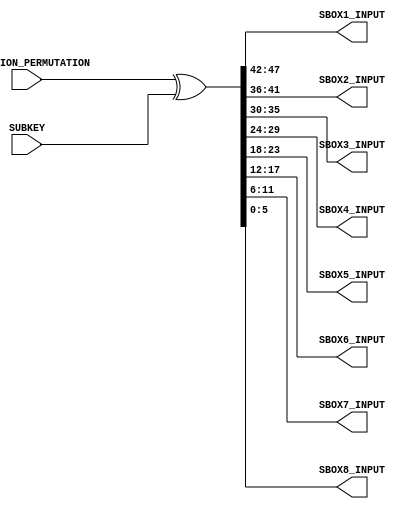

`timescale 1ns / 1ps
//////////////////////////////////////////////////////////////////////////////////
// Company:        RAJESH GLOBAL SOLUTION
// 
// Design Name:    DES
// Module Name:    Xor_Operation 
// Project Name:   DATA ENCRYPTION STANDARD(DES)
// Target Devices: SPARTAN-3(XC3S400)
// Tool versions:  XILINX 9.1I
// Description:    THIS MODULE TAKES 48 BIT INPUT FROM Permuted_Choice2 BLOCK AND 48 BIT
//                 INPUT FROM Expansion_Permutation AND GIVES 48 BIT OUTPUT AFTER PERFORMING
//                 XOR OPERATION ON INPUTS.
//
// Dependencies:   Permutated_Choice2 AND Expansion_Permutation BLOCK
//
// Revision: 
// Revision 0.01 - File Created
// Additional Comments: 
//
//////////////////////////////////////////////////////////////////////////////////
module Xor_Operation(EXPANSION_PERMUTATION, SUBKEY, SBOX1_INPUT, SBOX2_INPUT, SBOX3_INPUT, 
                     SBOX4_INPUT, SBOX5_INPUT, SBOX6_INPUT, SBOX7_INPUT, SBOX8_INPUT);
    
	 input    [48 : 1] EXPANSION_PERMUTATION;
    
	 input    [48 : 1] SUBKEY;
    
	 output   [6 : 1]  SBOX1_INPUT; 
	  
	 output   [6 : 1]  SBOX2_INPUT; 
	  
	 output   [6 : 1]  SBOX3_INPUT; 
	  
	 output   [6 : 1]  SBOX4_INPUT; 
	  
	 output   [6 : 1]  SBOX5_INPUT; 
	  
	 output   [6 : 1]  SBOX6_INPUT; 
	  
	 output   [6 : 1]  SBOX7_INPUT; 
	  
	 output   [6 : 1]  SBOX8_INPUT;
	 
	 wire     [48 : 1] EXPANSION_PERMUTATION;
	 
	 wire     [48 : 1] SUBKEY;
	 
	 wire     [48 : 1] SBOX_INPUT;
	 
	 assign   SBOX_INPUT    =  EXPANSION_PERMUTATION ^ SUBKEY; 
	  
	 assign   SBOX1_INPUT   =  SBOX_INPUT[48 : 43];
	  
	 assign   SBOX2_INPUT   =  SBOX_INPUT[42 : 37]; 
	  
	 assign   SBOX3_INPUT   =  SBOX_INPUT[36 : 31]; 
	  
	 assign   SBOX4_INPUT   =  SBOX_INPUT[30 : 25]; 
	  
	 assign   SBOX5_INPUT   =  SBOX_INPUT[24 : 19]; 
	   
	 assign   SBOX6_INPUT   =  SBOX_INPUT[18 : 13]; 
		 
	 assign   SBOX7_INPUT   =  SBOX_INPUT[12 : 7]; 
	  
	 assign   SBOX8_INPUT   =  SBOX_INPUT[6 : 1]; 
		   
		  
endmodule